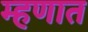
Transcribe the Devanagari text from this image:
म्हणात